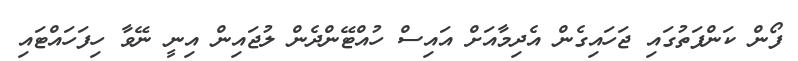
ފޯން ކަންފަތުގައި ޖަހައިގެން އެދިމާއަށް އައިސް ހުއްޓޭންދެން ލުޖައިން އިނީ ނޭވާ ހިފަހައްޓައި